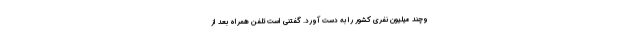
وچند میلیون نفری کشور را به دست آورد. گفتنی است تلفن همراه بعد از